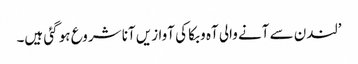
’لندن سے آنے والی آہ و بکا کی آوازیں آنا شروع ہو گئی ہیں۔